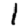
Digit: 1